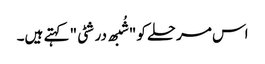
اس مرحلے کو "شُبھ درشٹی" کہتے ہیں۔